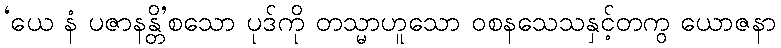
‘ယေ နံ ပဇာနန္တိ’စသော ပုဒ်ကို တသ္မာဟူသော ဝစနသေသနှင့်တကွ ယောဇနာ